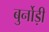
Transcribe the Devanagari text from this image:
बुर्नोड़ी